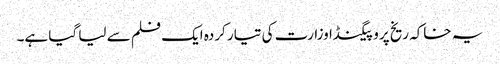
یہ خاکہ ریخ پروپیگنڈا وزارت کی تیار کردہ ایک فلم سے لیا گیا ہے۔